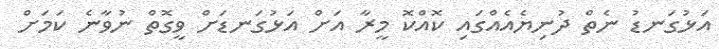
އަޅުގަނޑު ނެތް ދުނިޔެއެއްގައި ކޮއްކޮ މީރާ އަށް އަޅުގަނޑަށް ވީގޮތް ނުވާނެ ކަމަށް